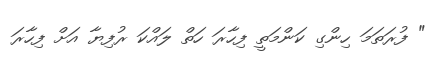
" ފުރަތަމަ ހިންގި ކަންމަތީ ފިހާރަ ހަތް ލައްކަ ރުފިޔާ އަށް ފިހާރަ